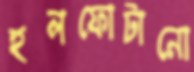
হুলফোটানো